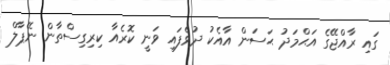
ގައި ރާއްޖޭގެ އަޙްމަދު ޙަސަން އާއެކު ދުވެފައި ވަނީ ކޮރެއާ ކިރިގިސްތާން ނޭޕާލް